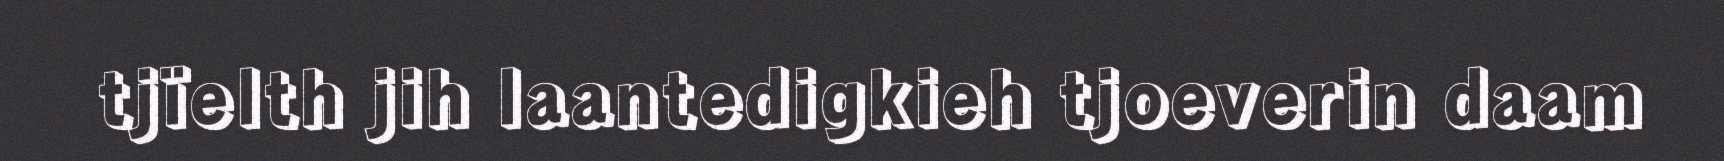
tjïelth jih laantedigkieh tjoeverin daam